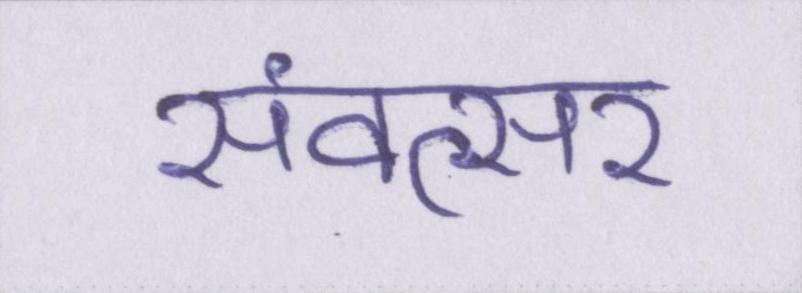
संवत्सर